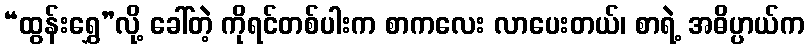
“ထွန်းရွှေ”လို့ ခေါ်တဲ့ ကိုရင်တစ်ပါးက စာကလေး လာပေးတယ်၊ စာရဲ့ အဓိပ္ပာယ်က